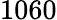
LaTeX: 1060